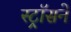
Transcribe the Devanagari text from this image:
स्ट्रॉसने